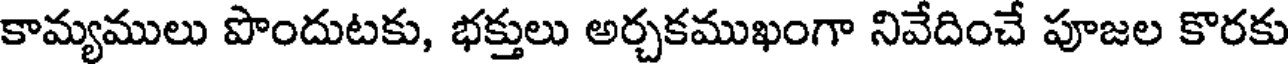
కామ్యములు పొందుటకు, భక్తులు అర్చకముఖంగా నివేదించే పూజల కొరకు